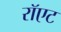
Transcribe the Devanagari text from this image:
रॉएट